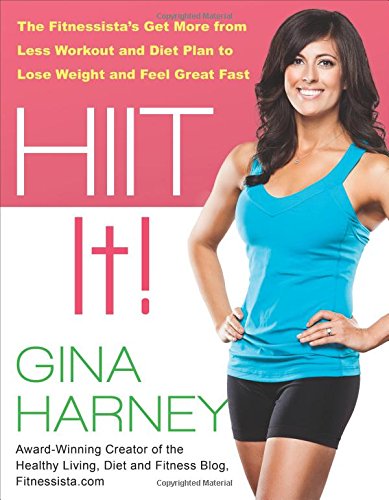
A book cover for HIIT IT! (Fitnessista's Get More From Less Workout and Diet Plan to Lose Weight and Feel Great Fast); Gina Harney; Health, Fitness & Dieting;